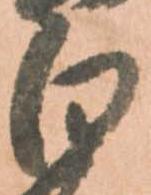
白